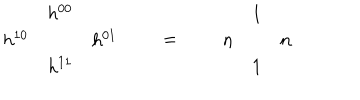
LaTeX: \begin{array} { c c c } { { } } & { { h ^ { 0 0 } } } & { { } } \\ { { h ^ { 1 0 } } } & { { } } & { { h ^ { 0 1 } } } \\ { { } } & { { h ^ { 1 1 } } } & { { } } \\ \end{array} \qquad = \qquad \begin{array} { c c c } { { } } & { { 1 } } & { { } } \\ { { n } } & { { } } & { { n } } \\ { { } } & { { 1 } } & { { } } \\ \end{array}